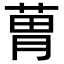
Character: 𦳢